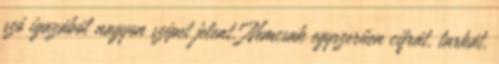
szó igazából nagyon szépet jelent. Nemcsak egyszerűen cifrát, tarkát,